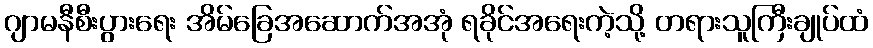
ဂျာမနီစီးပွားရေး အိမ်ခြေအဆောက်အအုံ ရခိုင်အရေးကဲ့သို့ တရားသူကြီးချုပ်ထံ